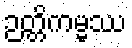
ဉတ္တိကမ္မဿ